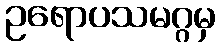
ဥရောပသမဂ္ဂမှ